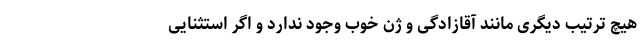
هیچ ترتیب دیگری مانند آقازادگی و ژن خوب وجود ندارد و اگر استثنایی